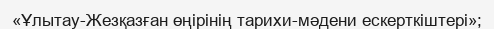
«Ұлытау-Жезқазған өңірінің тарихи-мәдени ескерткіштері»;